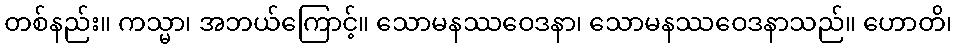
တစ်နည်း။ ကသ္မာ၊ အဘယ်ကြောင့်။ သောမနဿဝေဒနာ၊ သောမနဿဝေဒနာသည်။ ဟောတိ၊